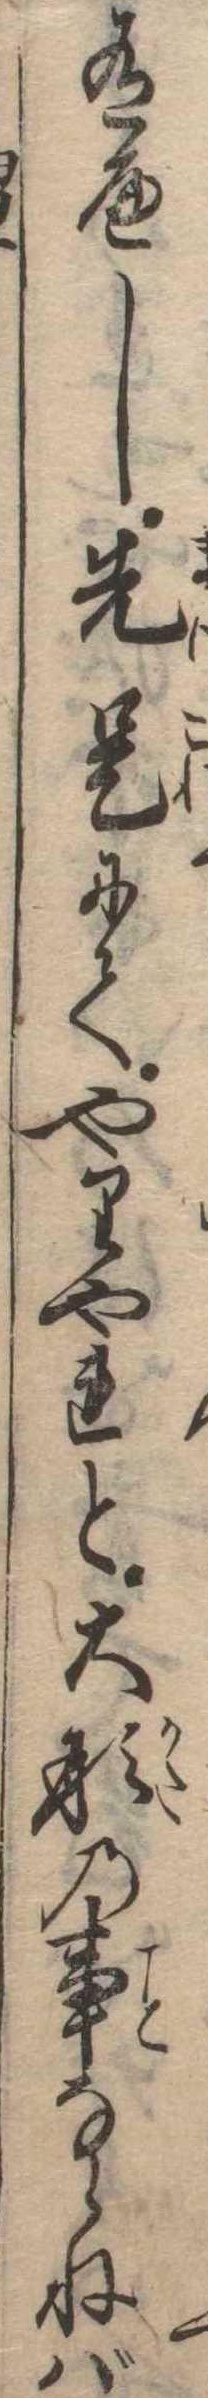
有へし先是にてやりやれと大形の事ならねば